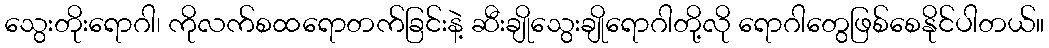
သွေးတိုးရောဂါ၊ ကိုလက်စထရောတက်ခြင်းနဲ့ ဆီးချိုသွေးချိုရောဂါတို့လို ရောဂါတွေဖြစ်စေနိုင်ပါတယ်။